Lunatic asylums Bombay report 1891-1903 - 1891-1903
Year: 1891
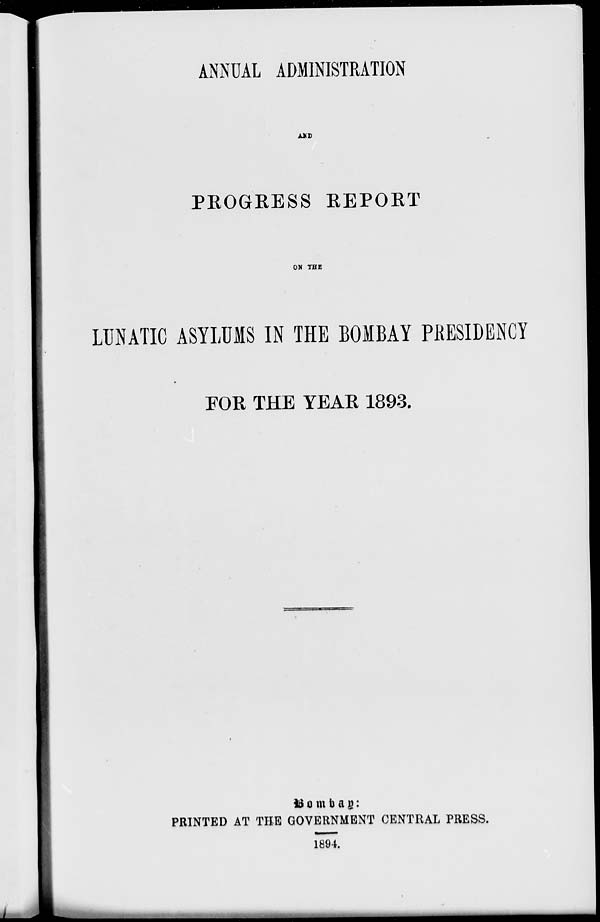
ANNUAL ADMINISTRATION
AND
PROGRESS REPORT
ON THE
LUNATIC ASYLUMS IN THE BOMBAY PRESIDENCY
FOR THE YEAR 1893.
Bombay :
PRINTED AT THE GOVERNMENT CENTRAL PRESS.
1894.